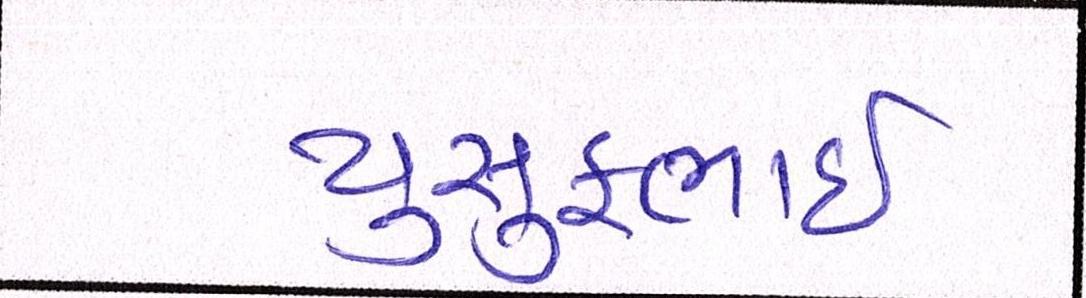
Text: યુસુફભાઈ